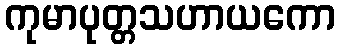
ကုမာပုတ္တသဟာယကော